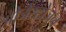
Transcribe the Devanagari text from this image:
प्रोजेस्टोजन